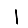
Digit: 1